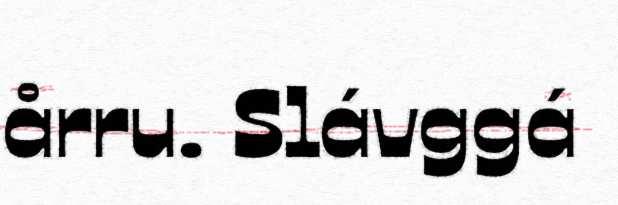
årru. Slávggá